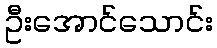
ဦးအောင်သောင်း